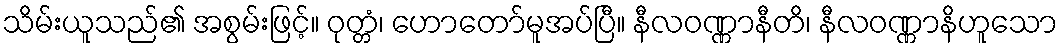
သိမ်းယူသည်၏ အစွမ်းဖြင့်။ ဝုတ္တံ၊ ဟောတော်မူအပ်ပြီ။ နီလဝဏ္ဏာနီတိ၊ နီလဝဏ္ဏာနိဟူသော